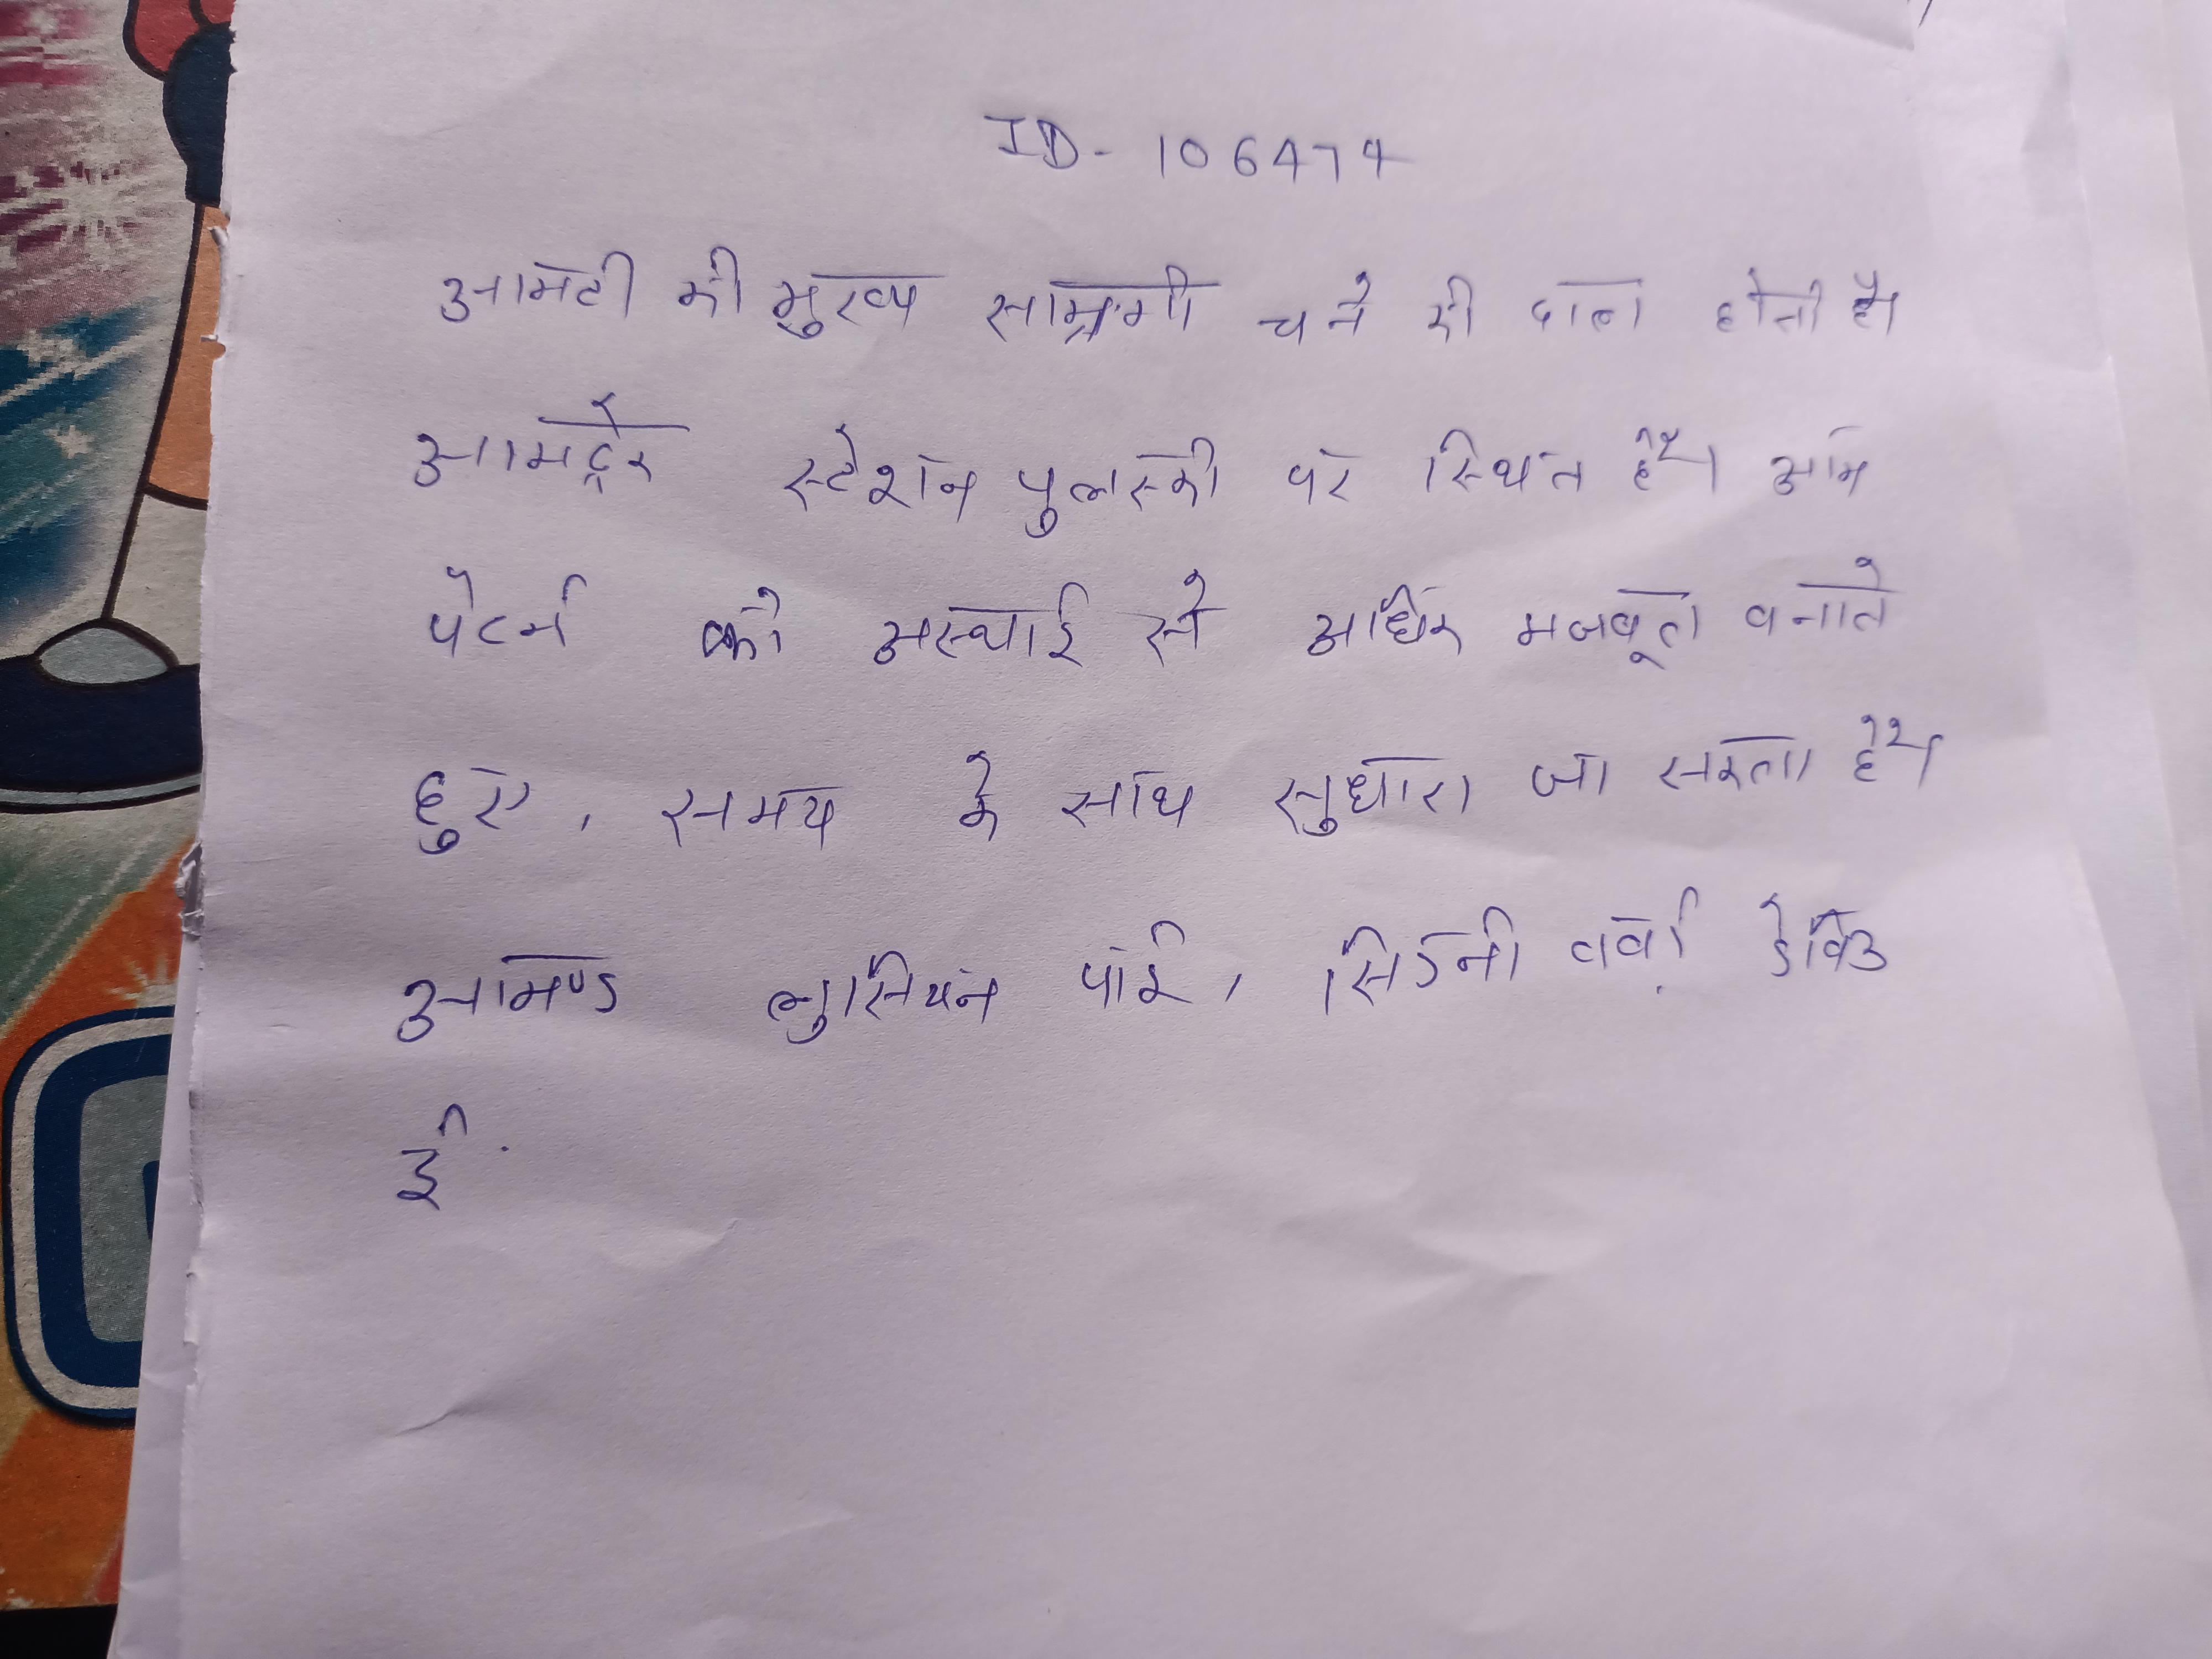
आमटी की मुख्य सामग्री चने की दाल होती है । आमट्रेक स्टेशन पुलस्की पर स्थित है । आम पैटर्न को अस्थाई से अधिक मजबूत बनाते हुए, समय के साथ सुधारा जा सकता है । आमण्ड लुसियन पाई, सिडनी वर्बा, डेविड ई.